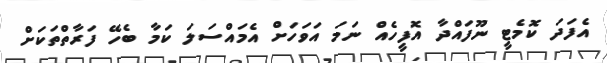
އެފަދަ ކޮމެޓީ ނޫފައްދާ އޮފީހެއް ނަމަ އަވަހަށް އެމައްސަލަ ކަމާ ބެހޭ ފަރާތްތަކަށް